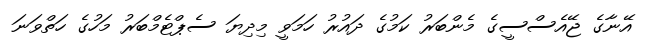
އޭނާގެ ޖޭއެސްސީގެ މެންބަރު ކަމުގެ ދައުރު ހަމަވީ މިދިޔަ ސެޕްޓެމްބަރު މަހުގެ ހަތްވަނަ